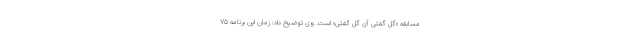
مسابقه «گل گفتی آی گل گفتی» است. وی توضیح داد: زمان این برنامه ۷۵